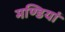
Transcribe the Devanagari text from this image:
मण्डियां